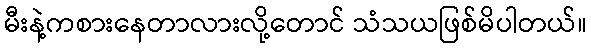
မီးနဲ့ကစားနေတာလားလို့တောင် သံသယဖြစ်မိပါတယ်။